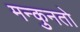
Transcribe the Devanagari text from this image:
मन्कुनतो